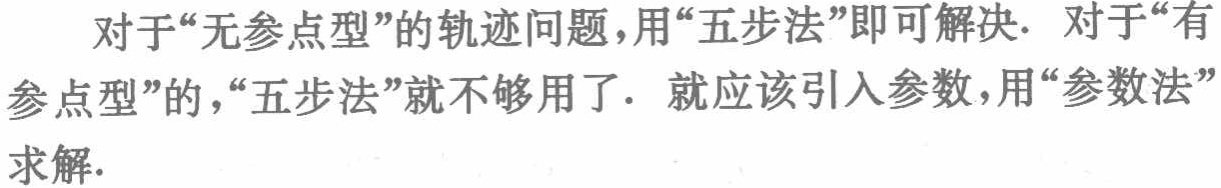
对于“无参点型”的轨迹问题，用“五步法”即可解决. 对于“有参点型”的，“五步法”就不够用了. 就应该引入参数，用“参数法”求解.